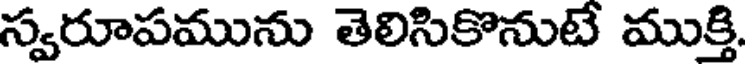
స్వరూపమును తెలిసికొనుటే ముక్తి.